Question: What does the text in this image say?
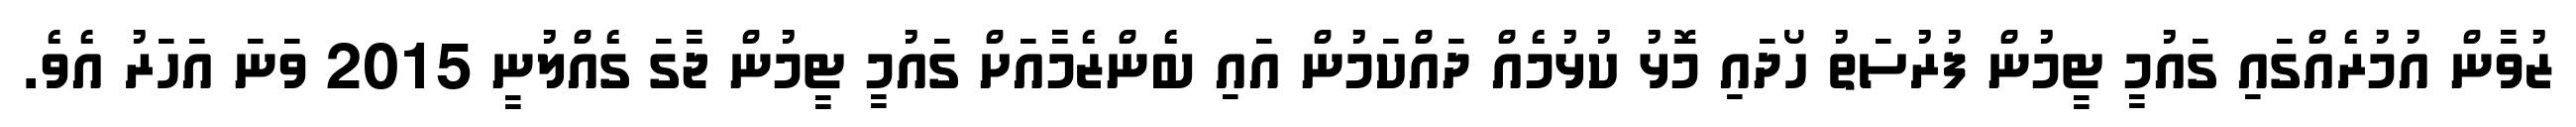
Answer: ޒުވާން އުމުރެއްގައި ގައުމީ ޓީމުން ފުރުސަތު ހޯދައި މޮޅު ކުޅުމެއް ދައްކަމުން އައި ބެންޒެމާއަށް ގައުމީ ޓީމުން ޖާގަ ގެއްލުނީ 2015 ވަނަ އަހަރު އެވެ.